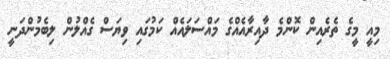
މިއީ މީގެ ތެރެއިން ކޮންމެ ދާއިރާއެއްގެ މައްސަލައެއް ކަމުގައި ވިޔަސް ގެއްލުން ލިބެމުންދަނީ